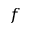
f